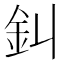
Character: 䤛